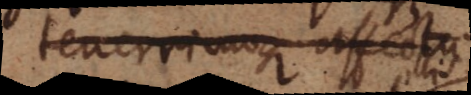
tenerrimoque affectu